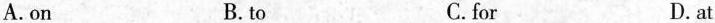
A.on B.to C.for D.at